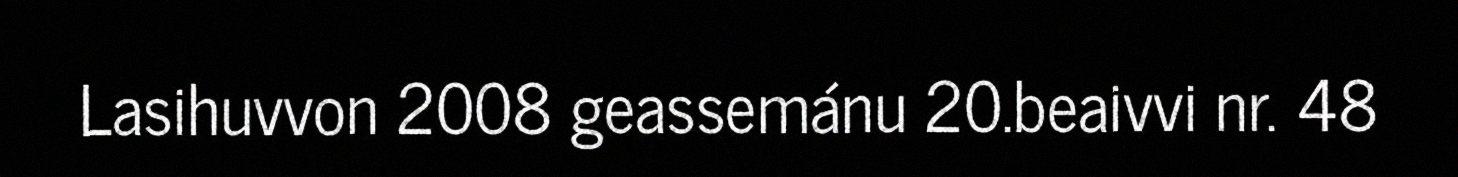
Lasihuvvon 2008 geassemánu 20.beaivvi nr. 48